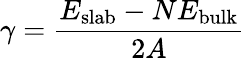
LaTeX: \gamma={\frac{E_{\mathrm{slab}}-NE_{\mathrm{bulk}}}{2A}}